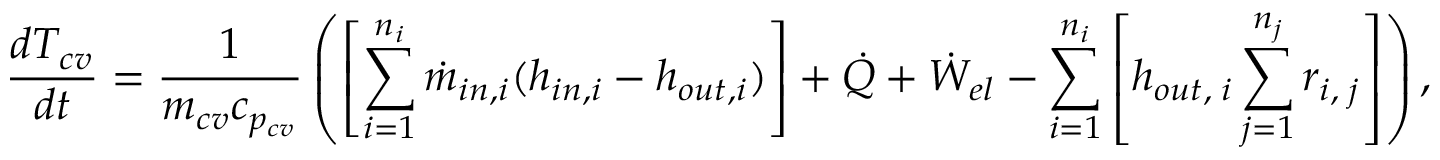
\frac { d T _ { c v } } { d t } = \frac { 1 } { m _ { c v } c _ { p _ { c v } } } \left( \left[ \sum _ { i = 1 } ^ { n _ { i } } \Dot { m } _ { i n , i } ( h _ { i n , i } - h _ { o u t , i } ) \right] + \Dot { Q } + \Dot { W } _ { e l } - \sum _ { i = 1 } ^ { n _ { i } } \left[ h _ { o u t , \; i } \sum _ { j = 1 } ^ { n _ { j } } r _ { i , \; j } \right] \right) ,